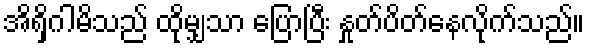
အိရှိဂါမိသည် ထိုမျှသာ ပြောပြီး နှုတ်ပိတ်နေလိုက်သည်။